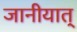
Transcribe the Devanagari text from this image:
जानीयात्